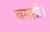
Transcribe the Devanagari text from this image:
बख्शी।